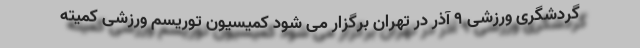
گردشگری ورزشی 9 آذر در تهران برگزار می شود کمیسیون توریسم ورزشی کمیته